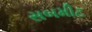
સબમીટ